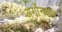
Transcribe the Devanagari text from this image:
अर्गोनडाह